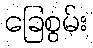
ခြေစွမ်း